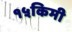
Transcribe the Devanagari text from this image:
१५किमी